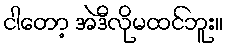
ငါတော့ အဲဒီလိုမထင်ဘူး။